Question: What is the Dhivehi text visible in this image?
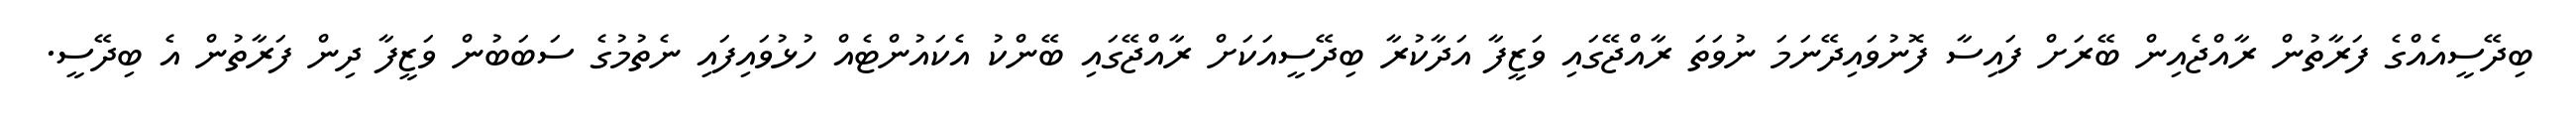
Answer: ބިދޭސީއެއްގެ ފަރާތުން ރާއްޖެއިން ބޭރަށް ފައިސާ ފޮނުވައިދޭނަމަ ނުވަތަ ރާއްޖޭގައި ވަޒީފާ އަދާކުރާ ބިދޭސީއަކަށް ރާއްޖޭގައި ބޭންކު އެކައުންޓެއް ހުޅުވައިފައި ނެތުމުގެ ސަބަބުން ވަޒީފާ ދިން ފަރާތުން އެ ބިދޭސީ.